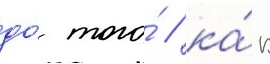
до́ того́ / ка́к